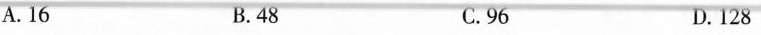
A.16 B.48 C.96 D.128